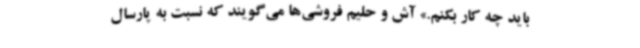
باید چه‌ کار بکنم.» آش‌ و حلیم فروشی‌ها می‌گویند که نسبت به پارسال